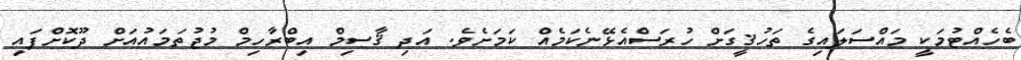
ބެހެއްޓުމަކީ މައްސަލައިގެ ތަހުޤީގަށް ހުރަސްއެޅޭނެކަމެއް ކަމަށެވެ. އަދި ޤާސިމް އިބްރާހިމް މުޖުތަމައުއަށް ދޫކޮށްފައި